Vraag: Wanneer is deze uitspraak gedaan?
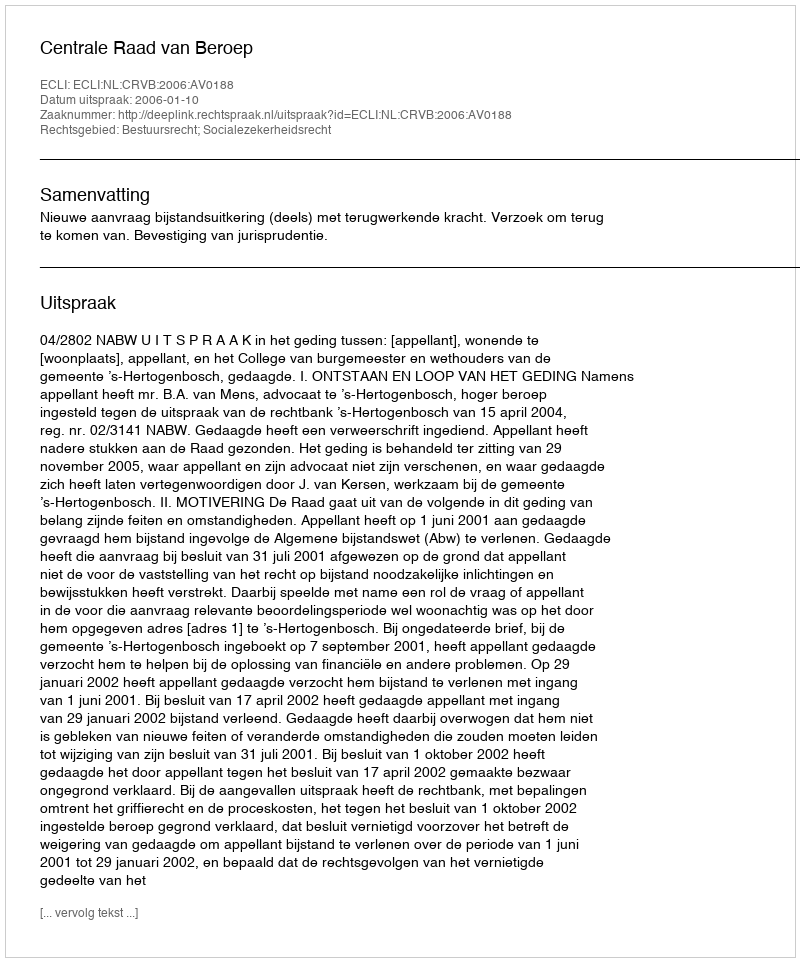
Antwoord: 2006-01-10